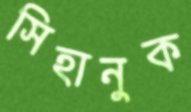
সিহানুক